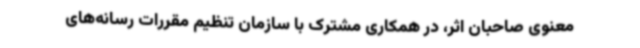
معنوی صاحبان اثر، در همکاری مشترک با سازمان تنظیم مقررات رسانه‌های